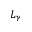
L _ { \gamma }